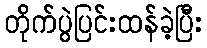
တိုက်ပွဲပြင်းထန်ခဲ့ပြီး